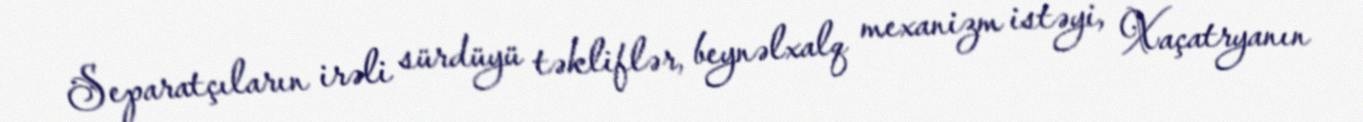
Separatçıların irəli sürdüyü təkliflər, beynəlxalq mexanizm istəyi, Xaçatryanın